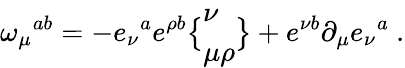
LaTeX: \omega_{\mu}{}^{ab}=-e_{\nu}{}^{a}e^{\rho b}\bigl\{ \begin{array}{l}{{\nu}}\\ {{\mu\rho}}\end{array}\bigr\} +e^{\nu b}\partial_{\mu}e_{\nu}{}^{a}\ .